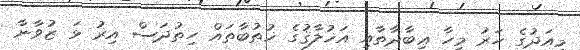
މިއަދުގެ ހަރު މީހާ ޢިބާދާތާއި އަޚުލާޤުގެ ޚުޠުބާތައް ހިތުދަސް އިރު ޅަ ޒުވާނާ